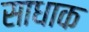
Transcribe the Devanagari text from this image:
साधाक